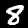
Digit: 8